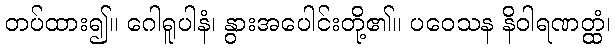
တပ်ထား၍။ ဂေါရူပါနံ၊ နွားအပေါင်းတို့၏။ ပဝေသန နိဝါရဏတ္ထံ၊